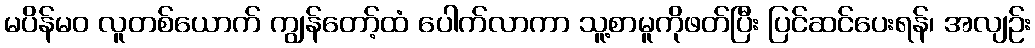
မပိန်မဝ လူတစ်ယောက် ကျွန်တော့်ထံ ပေါက်လာကာ သူ့စာမူကိုဖတ်ပြီး ပြင်ဆင်ပေးရန်၊ အလျဉ်း